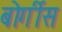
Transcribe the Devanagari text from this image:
बोर्गीस